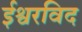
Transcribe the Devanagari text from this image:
ईश्वरविद